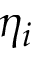
\eta _ { i }